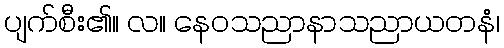
ပျက်စီး၏။ လ။ နေဝသညာနာသညာယတနံ၊